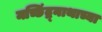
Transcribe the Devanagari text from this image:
मच्छिंद्र्नाथाच्या